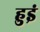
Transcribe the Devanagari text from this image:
हुइं